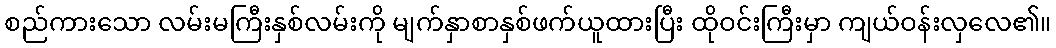
စည်ကားသော လမ်းမကြီးနှစ်လမ်းကို မျက်နှာစာနှစ်ဖက်ယူထားပြီး ထိုဝင်းကြီးမှာ ကျယ်ဝန်းလှလေ၏။